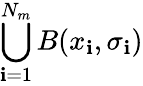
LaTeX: \bigcup_{\mathbf{i}=1}^{N_{m}}B(x_{\mathbf{i}},\sigma_{\mathbf{i}})